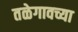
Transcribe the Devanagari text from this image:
तळेगावच्या